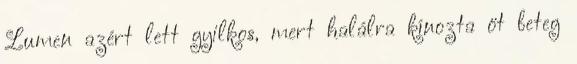
Lumen azért lett gyilkos, mert halálra kínozta öt beteg